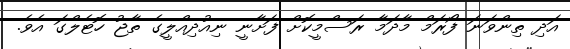
އަދި ތިންވަނަ ފޯރަމް މާދަމާ ރަސްމީކޮށް ފަށާނީ ނިއުދިއްލީގެ ތާޖު ހޮޓެލްގަ އެވެ.